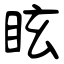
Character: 眩